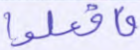
فافعلوا